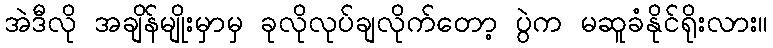
အဲဒီလို အချိန်မျိုးမှာမှ ခုလိုလုပ်ချလိုက်တော့ ပွဲက မဆူခံနိုင်ရိုးလား။